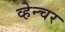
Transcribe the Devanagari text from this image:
व्हेन्चर